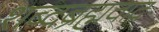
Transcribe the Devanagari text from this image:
शब्दब्रह्मवाद